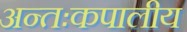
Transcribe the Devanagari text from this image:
अन्तःकपालीय